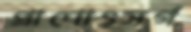
প্রাণোৎসর্গ